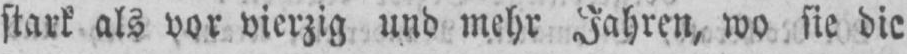
stark als vor vierzig und mehr Jahren, wo sie die